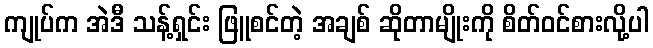
ကျုပ်က အဲဒီ သန့်ရှင်း ဖြူစင်တဲ့ အချစ် ဆိုတာမျိုးကို စိတ်ဝင်စားလို့ပါ